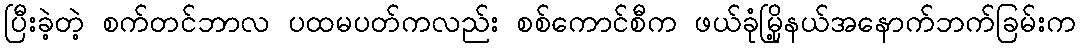
ပြီးခဲ့တဲ့ စက်တင်ဘာလ ပထမပတ်ကလည်း စစ်ကောင်စီက ဖယ်ခုံမြို့နယ်အနောက်ဘက်ခြမ်းက